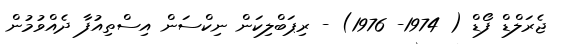
ޖެރަލްޑް ފޯޑް ( 1974- 1976) - ރިޕަބްލިކަން ނިކްސަން އިސްތިއުފާ ދެއްވުމުން